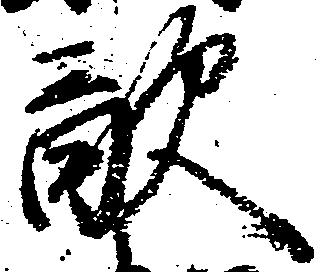
敵